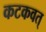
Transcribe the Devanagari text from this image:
कटकवत्